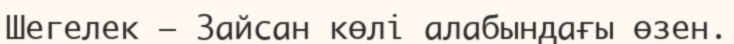
Шегелек – Зайсан көлi алабындағы өзен.